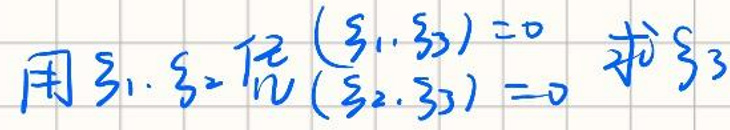
用$\xi_1,\xi_2$  使 $\begin{cases}
(\xi_1,\xi_3)=0\\
(\xi_2,\xi_3)=0
\end{cases}$ 求 $\xi_3$